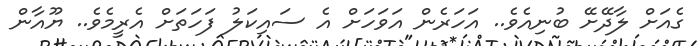
ގެއަށް ލާދޭށޭ ބުނިއެވެ.. އަހަރެން އަވަހަށް އެ ސައިކަލު ފަހަތަށް އެރީމެވެ.. ޔޫއާން